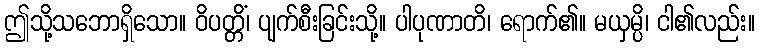
ဤသို့သဘောရှိသော။ ဝိပတ္တိံ၊ ပျက်စီးခြင်းသို့။ ပါပုဏာတိ၊ ရောက်၏။ မယှမ္ပိ၊ ငါ၏လည်း။